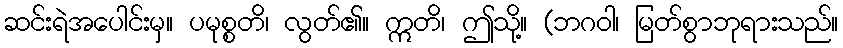
ဆင်းရဲအပေါင်းမှ။ ပမုစ္စတိ၊ လွတ်၏။ ဣတိ၊ ဤသို့။ (ဘဂဝါ၊ မြတ်စွာဘုရားသည်။